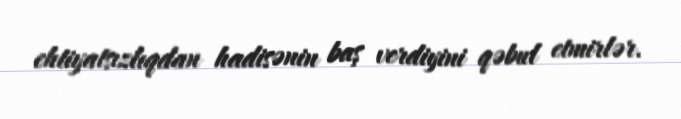
ehtiyatsızlıqdan hadisənin baş verdiyini qəbul etmirlər.